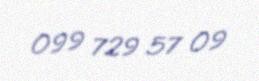
099 729 57 09